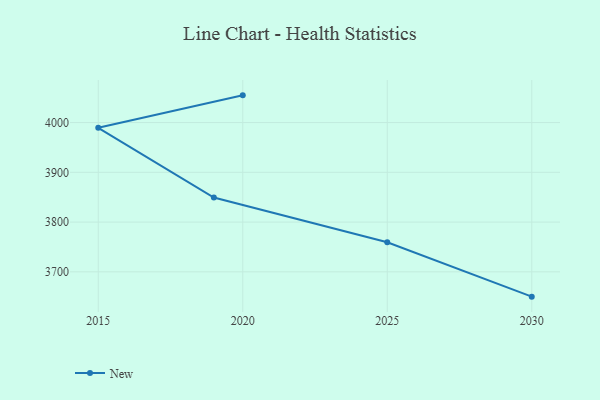
{"axis": {"x": "Year", "y": "Page Views"}, "legend": ["New"], "data": [{"x": "2020", "y": 4054.7, "type": "New"}, {"x": "2015", "y": 3989.4, "type": "New"}, {"x": "2019", "y": 3849.2, "type": "New"}, {"x": "2025", "y": 3759.3, "type": "New"}, {"x": "2030", "y": 3650.1, "type": "New"}]}